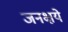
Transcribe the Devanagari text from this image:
जनक्षये